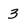
Character: 3